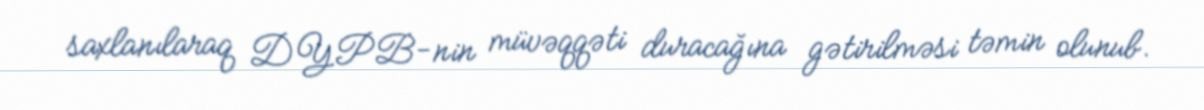
saxlanılaraq DYPB-nin müvəqqəti duracağına gətirilməsi təmin olunub.